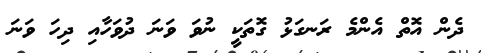
ދެން އޮތް އެންމެ ރަނގަޅު ގޮތަކީ ނުވަ ވަނަ ދުވަހާއި ދިހަ ވަނަ